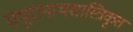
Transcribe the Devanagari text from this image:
मथुरानाथशास्त्रिकृत